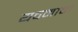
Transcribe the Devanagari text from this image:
यवनाचा